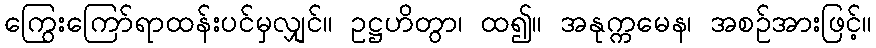
ကြွေးကြော်ရာထန်းပင်မှလျှင်။ ဥဋ္ဌဟိတွာ၊ ထ၍။ အနုက္ကမေန၊ အစဉ်အားဖြင့်။